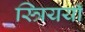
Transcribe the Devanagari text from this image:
स्त्रिययाँ